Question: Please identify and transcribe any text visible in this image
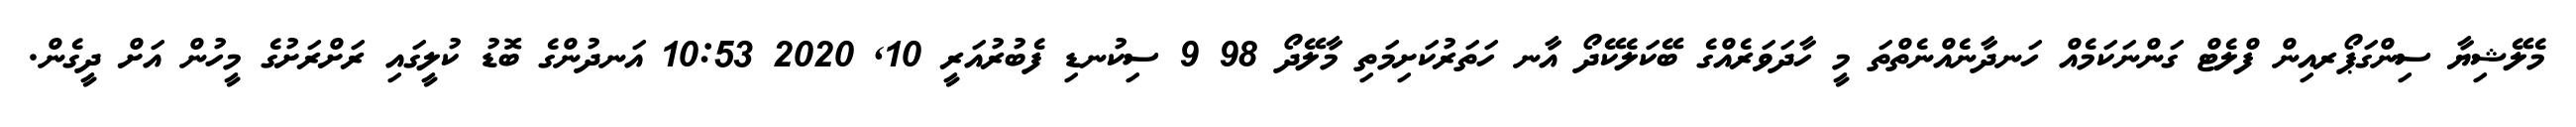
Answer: މެލޭޝިޔާ ސިންގަޕޯރއިން ފްލެޓް ގަންނަކަމެއް ހަނދާނެއްނެތްތަ މީ ހާދަވަރެއްގެ ބޭކަލެކޭދޯ އާނ ހަތަރުކަށިމަތި މާލޭދޯ 98 9 ސިކުނޑި ފެބުރުއަރީ 10, 2020 10:53 އަނދުންގެ ބޮޑު ކުލީގައި ރަށްރަށުގެ މީހުން އަށް ދީގެން.